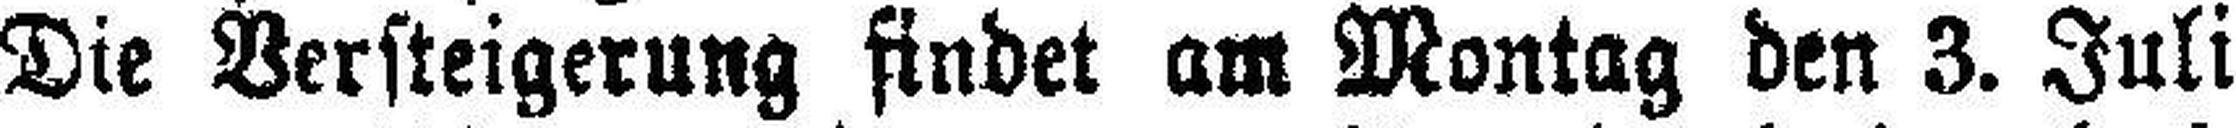
Die Versteigerung findet am Montag den 3. Juli